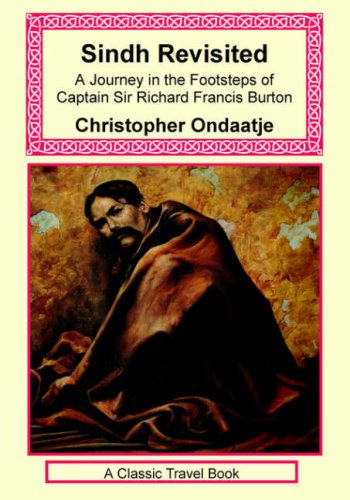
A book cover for Sindh Revisited: A Journey in the Footsteps of Captain Sir Richard Francis Burton; Christopher Ondaatje; Travel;